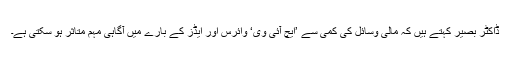
ڈاکٹر بصیر کہتے ہیں کہ مالی وسائل کی کمی سے ’ایچ آئی وی‘ وائرس اور ایڈز کے بارے میں آگاہی مہم متاثر ہو سکتی ہے۔